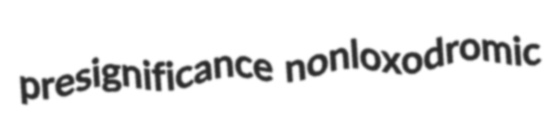
presignificance nonloxodromic